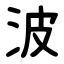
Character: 波